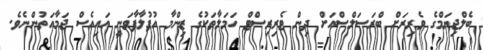
ބެލްޖިޔަމްގެ ވެރިރަށް ބްރަސަލްސްއަށް ދިން ޓެރިރިސްޓް ހަމަލާތަކުގެ ޒިންމާ އުފުލާފާވަނީ އައިއެސް ޖަމާއަތުންނެވެ.